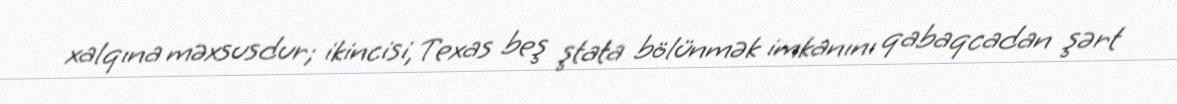
xalqına məxsusdur; ikincisi, Texas beş ştata bölünmək imkanını qabaqcadan şərt